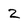
Character: 2